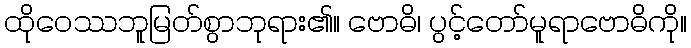
ထိုဝေဿဘူမြတ်စွာဘုရား၏။ ဗောဓိ၊ ပွင့်တော်မူရာဗောဓိကို။